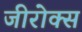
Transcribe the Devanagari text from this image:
जीरोक्स